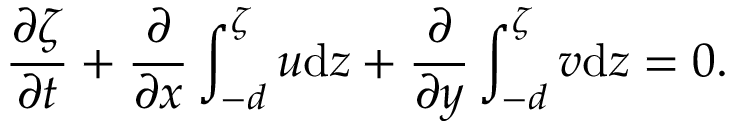
\frac { \partial \zeta } { \partial t } + \frac { \partial } { \partial x } \int _ { - d } ^ { \zeta } u \mathrm { d } z + \frac { \partial } { \partial y } \int _ { - d } ^ { \zeta } v \mathrm { d } z = 0 .